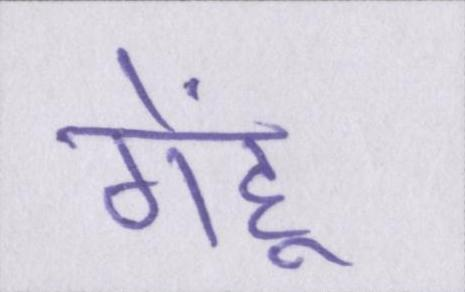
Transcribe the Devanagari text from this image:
गेहूं